Annual administration report of the Civil Veterinary Department of India - 1898-1899
Year: 1898
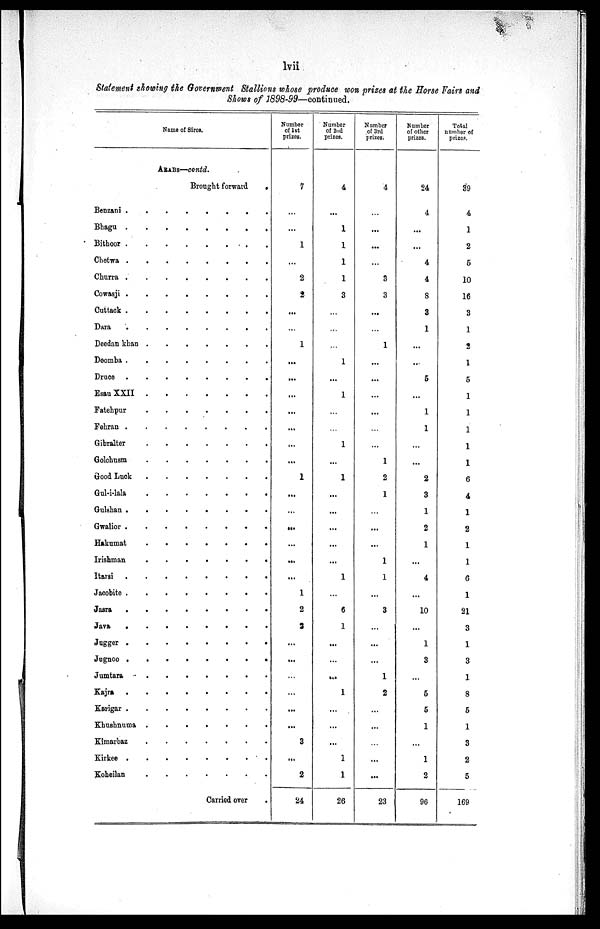
lvii
Statement showing the Government Stallions whose produce won prizes at the Horse Fairs and
Shows of 1898-99—continued.
Name of Sires.
ARABS—contd.
Brought forward
.
Benzani
.
.
.
.
.
.
.
.
Bhagu
.
.
.
.
.
.
.
.
Bithoor
.
.
.
.
.
.
.
.
Chetwa
.
.
.
.
.
.
.
.
Churra
.
.
.
.
.
.
.
.
Cowasji
.
.
.
.
.
.
.
.
Cuttack
.
.
.
.
.
.
.
.
Dara
.
.
.
.
.
.
.
.
Deedan khan
.
.
.
.
.
.
.
.
Doomba
.
.
.
.
.
.
.
.
Druce
.
.
.
.
.
.
.
.
Esau XXII
.
.
.
.
.
.
.
.
Fatehpur
.
.
.
.
.
.
.
.
Fehran
.
.
.
.
.
.
.
.
Gibralter
.
.
.
.
.
.
.
.
Golchusm
.
.
.
.
.
.
.
.
Good Luck
.
.
.
.
.
.
.
.
Gul-i-lala
.
.
.
.
.
.
.
.
Gulshan
.
.
.
.
.
.
.
.
Gwalior
.
.
.
.
.
.
.
.
Hakumat
.
.
.
.
.
.
.
.
Irishman
.
.
.
.
.
.
.
.
Itarsi
.
.
.
.
.
.
.
.
Jacobite
.
.
.
.
.
.
.
.
Jasra
.
.
.
.
.
.
.
.
Java
.
.
.
.
.
.
.
.
Jugger
.
.
.
.
.
.
.
.
Jugnoo
.
.
.
.
.
.
.
.
Jumtara
.
.
.
.
.
.
.
.
Kajra
.
.
.
.
.
.
.
.
Karigar
.
.
.
.
.
.
.
.
Khushnuma
.
.
.
.
.
.
.
.
Kimarbaz
.
.
.
.
.
.
.
.
Kirkee
.
.
.
.
.
.
.
.
Koheilan
.
.
.
.
.
.
.
.
Carried over .
Number
of 1st
prizes.
7
...
...
1
...
2
2
...
...
1
...
...
...
...
...
...
...
1
...
...
...
...
...
...
1
2
2
...
...
...
...
...
...
3
...
2
24
Number
of 2nd
prizes.
4
...
1
1
1
1
3
...
...
...
1
...
1
...
...
1
...
1
...
...
...
...
...
1
...
6
1
...
...
...
1
...
...
...
1
1
26
Number
of 3rd
prizes.
4
...
...
...
...
3
3
...
...
1
...
...
...
...
...
...
1
2
1
...
...
...
1
1
...
3
...
...
...
1
2
...
...
...
...
...
23
Number
of other
prizes.
24
4
...
...
4
4
8
3
1
...
...
5
...
1
1
...
...
2
3
1
2
1
...
4
...
10
...
1
3
...
5
5
1
...
1
2
96
Total
number of
prizes.
39
4
1
2
5
10
16
3
1
2
1
5
1
1
1
1
1
6
4
1
2
1
1
6
1
21
3
1
3
1
8
5
1
3
2
5
169